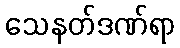
သေနတ်ဒဏ်ရာ